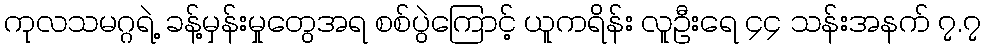
ကုလသမဂ္ဂရဲ့ ခန့်မှန်းမှုတွေအရ စစ်ပွဲကြောင့် ယူကရိန်း လူဦးရေ ၄၄ သန်းအနက် ၇.၇